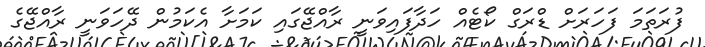
ފުރަތަމަ ފަހަރަށް ޑްރަގް ކޯޓެއް ހަދާފައިވަނީ ރާއްޖޭގައި ކަަމަށާ އެކަމުން ދޭހަވަނީ ރާއްޖޭގެ